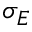
\sigma _ { E }